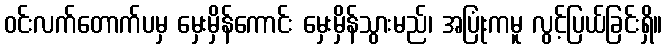
ဝင်းလက်တောက်ပမှ မှေးမှိန်ကောင်း မှေးမှိန်သွားမည်၊ အပြုံးကမူ လွင့်ပြယ်ခြင်းရှိ။